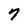
Character: 7